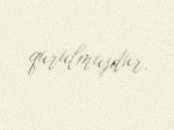
qurulmuşdur.